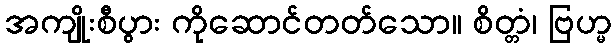
အကျိုးစီပွား ကိုဆောင်တတ်သော။ စိတ္တံ၊ ဗြဟ္မ